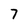
Character: 7